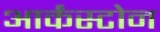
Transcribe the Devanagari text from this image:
आर्कंस्टोन